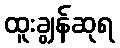
ထူးချွန်ဆုရ